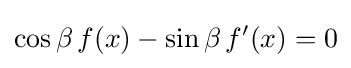
\cos \beta \,f(x)-\sin \beta \,f'(x)=0